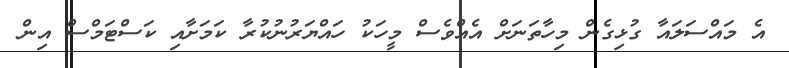
އެ މައްސަލައާ ގުޅިގެން މިހާތަނަށް އެއްވެސް މީހަކު ހައްޔަރުނުކުރާ ކަމަށާއި ކަސްޓަމްސް އިން